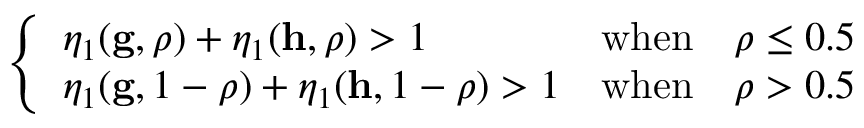
\begin{array} { r } { \left\{ \begin{array} { l l } { \eta _ { 1 } ( \mathbf { g } , \rho ) + \eta _ { 1 } ( \mathbf { h } , \rho ) > 1 } & { \mathrm { w h e n } \quad \rho \leq 0 . 5 } \\ { \eta _ { 1 } ( \mathbf { g } , 1 - \rho ) + \eta _ { 1 } ( \mathbf { h } , 1 - \rho ) > 1 } & { \mathrm { w h e n } \quad \rho > 0 . 5 } \end{array} \right. } \end{array}